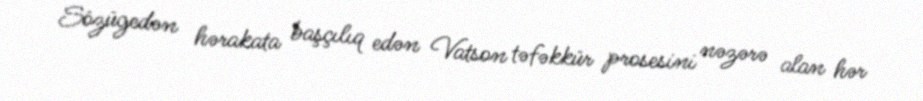
Sözügedən hərakata başçılıq edən Vatson təfəkkür prosesini nəzərə alan hər